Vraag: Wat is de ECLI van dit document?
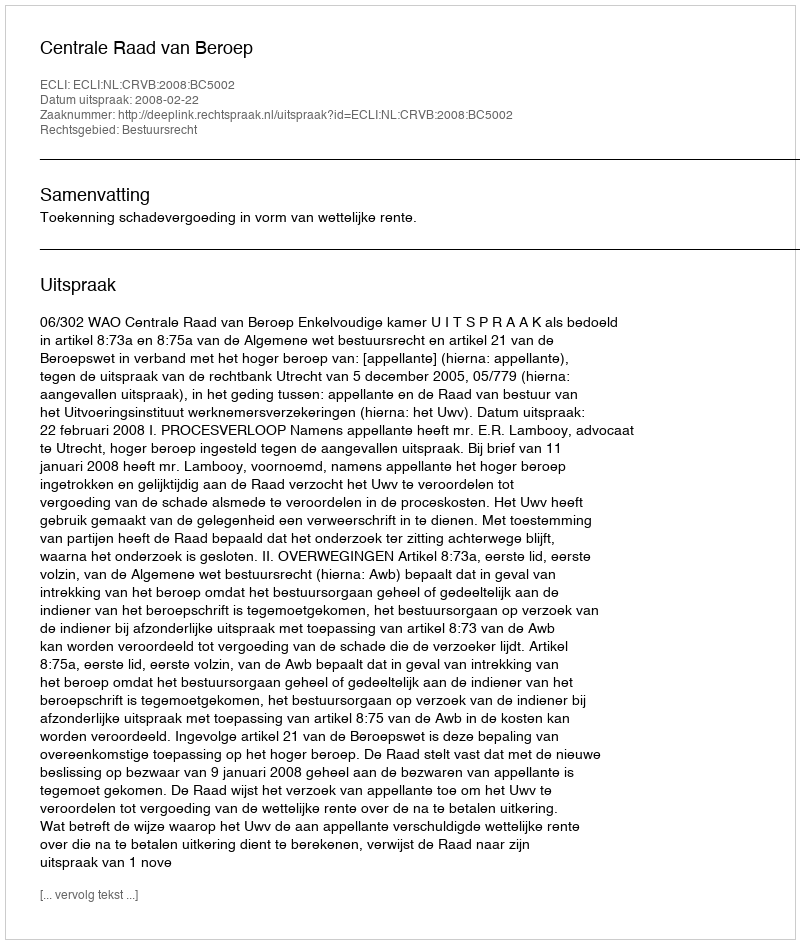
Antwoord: ECLI:NL:CRVB:2008:BC5002